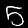
Label: 5